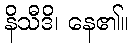
နိသီဒိ၊ နေ၏။